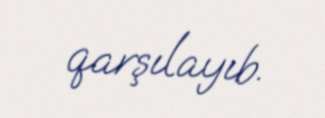
qarşılayıb.